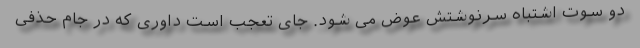
دو سوت اشتباه سرنوشتش عوض می شود. جای تعجب است داوری که در جام حذفی